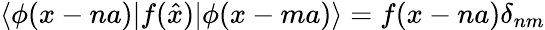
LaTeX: \langle\phi(x-na)|f(\hat{x})|\phi(x-ma)\rangle=f(x-na)\delta_{nm}